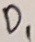
Text: D1